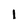
Character: I